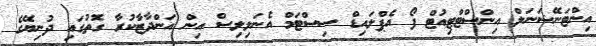
އިންޓަނޭޝަނަލް އިންސްޓްޓިއުޓް ފޯ އެޕްލައިޑް ސިސްޓަމް އެނަލިލިސް އިން އަންދާޒާކުރާ ގޮތުގައި ދުނިޔޭގެ